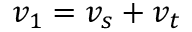
v _ { 1 } = v _ { s } + v _ { t }